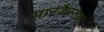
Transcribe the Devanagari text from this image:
पानकैस्तथा